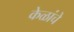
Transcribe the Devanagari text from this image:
केळांचे